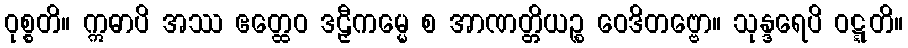
ဝုစ္စတိ။ ဣဓာပိ အဿ ဧတ္ထေဝ ဒဠှီကမ္မေ စ အာဏတ္တိယဉ္စ ဝေဒိတဗ္ဗော။ သုန္ဒရေပိ ဝဋ္ဋတိ။